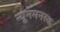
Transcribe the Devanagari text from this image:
न्यूनमनस्क